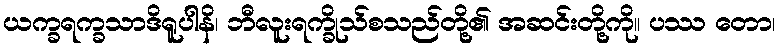
ယက္ခရက္ခသာဒိရူပါနိ၊ ဘီလူးရက္ခိုသ်စသည်တို့၏ အဆင်းတို့ကို။ ပဿ တော၊